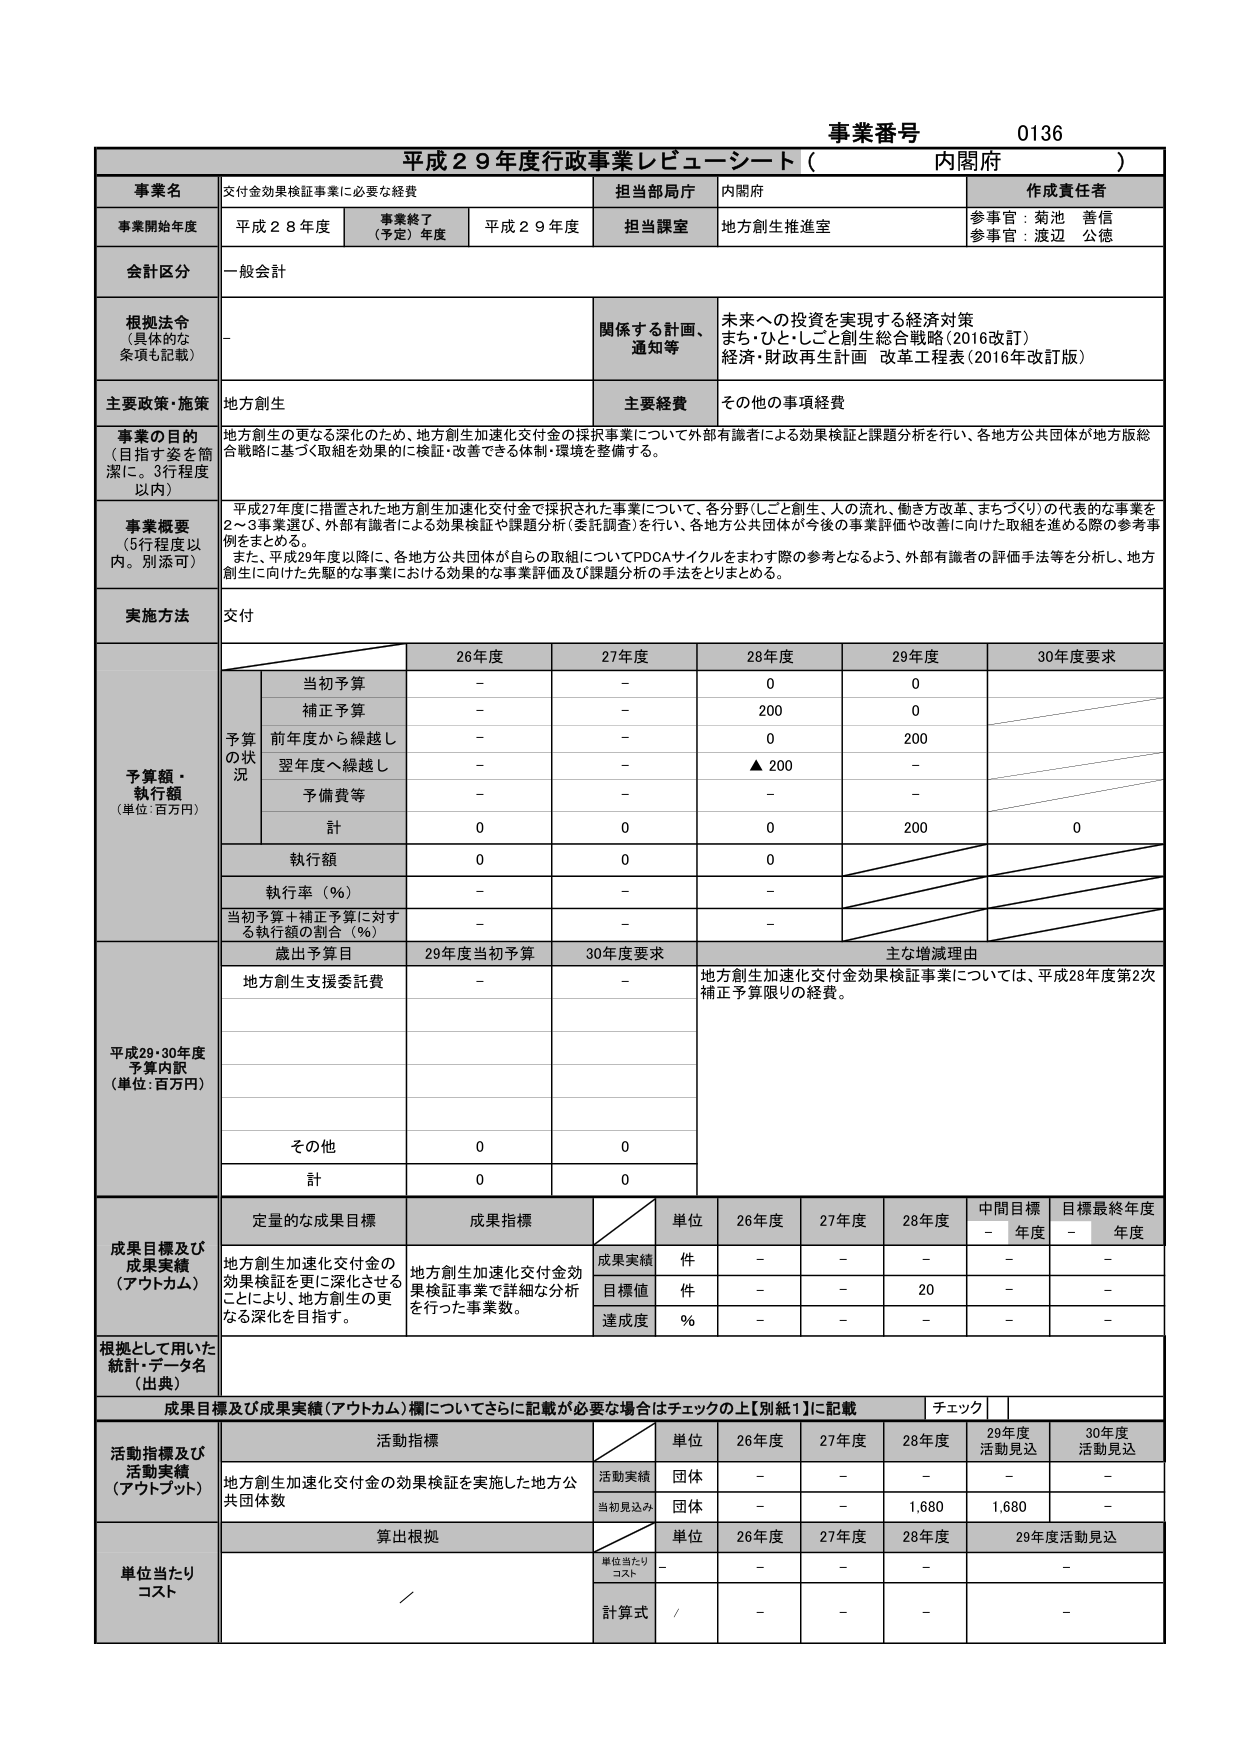
事業番号 0136
平成29年度行政事業レビューシート（内閣府）

事業名：交付金効果検証事業に必要な経費
担当部局庁：内閣府
作成責任者：参事官：菊池 善信、参事官：渡辺 公徳

事業開始年度：平成28年度
事業終了（予定）年度：平成29年度
担当課室：地方創生推進室

会計区分：一般会計

根拠法令（具体的な条項も記載）：－
関係する計画、通知等：未来への投資を実現する経済対策、まち・ひと・しごと創生総合戦略（2016改訂）、経済・財政再生計画 改革工程表（2016年改訂版）

主要政策・施策：地方創生
主要経費：その他の事項経費

事業の目的（目指す姿を簡潔に。3行程度以内）：
地方創生の更なる深化のため、地方創生加速化交付金の採択事業について外部有識者による効果検証と課題分析を行い、各地方公共団体が地方版総合戦略に基づく取組を効果的に検証・改善できる体制・環境を整備する。

事業概要（5行程度以内。別添可）：
平成27年度に措置された地方創生加速化交付金で採択された事業について、各分野（しごと創生、人の流れ、働き方改革、まちづくり）の代表的な事業を2～3事業選び、外部有識者による効果検証や課題分析（委託調査）を行い、各地方公共団体が今後の事業評価や改善に向けた取組を進める際の参考事例をまとめる。
また、平成29年度以降に、各地方公共団体が自らの取組についてPDCAサイクルをまわす際の参考となるよう、外部有識者の評価手法等を分析し、地方創生に向けた先駆的な事業における効果的な事業評価及び課題分析の手法をとりまとめる。

実施方法：交付

予算額・執行額（単位：百万円）